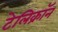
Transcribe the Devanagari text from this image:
टेलिक्रॉन